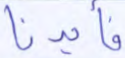
فأيدنا